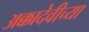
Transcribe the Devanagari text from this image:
अक्कादेवीच्या